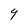
Character: 4